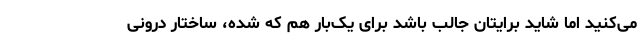
می‌کنید اما شاید برایتان جالب باشد برای یک‌بار هم که شده، ساختار درونی